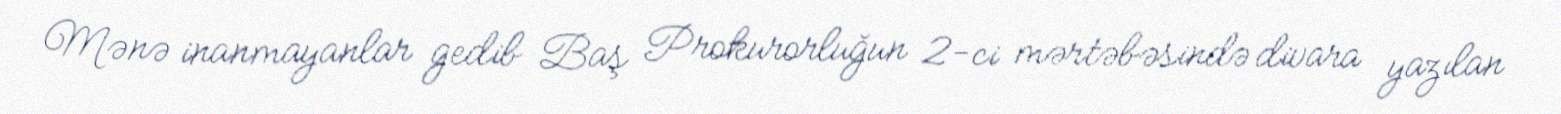
Mənə inanmayanlar gedib Baş Prokurorluğun 2-ci mərtəbəsində divara yazılan